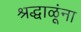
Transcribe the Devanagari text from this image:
श्रद्धाळूंना